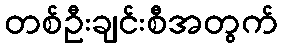
တစ်ဦးချင်းစီအတွက်